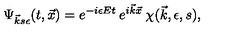
\Psi _ { \vec { k } s \epsilon } ( t , \vec { x } ) = e ^ { - i \epsilon E t } \: e ^ { i \vec { k } \vec { x } } \: \chi ( \vec { k } , \epsilon , s ) ,